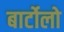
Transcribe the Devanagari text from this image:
बार्टोलो